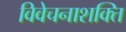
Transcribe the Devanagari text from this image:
विवेचनाशक्ति